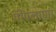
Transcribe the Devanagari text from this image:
पीपलाणा